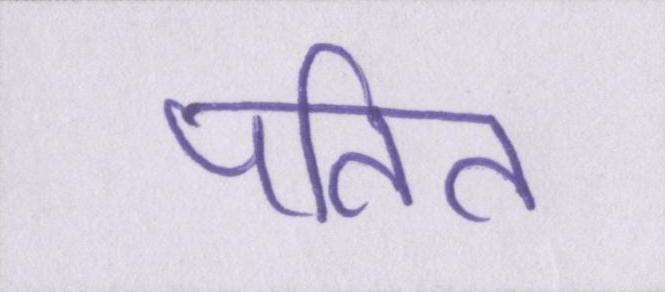
पतित